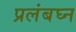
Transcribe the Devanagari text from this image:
प्रलंबघ्न